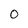
Character: 0